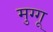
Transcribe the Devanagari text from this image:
मुग्गू